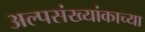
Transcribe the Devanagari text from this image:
अल्पसंख्यांकाच्या